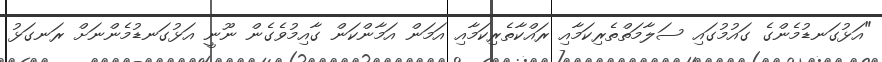
"އަޅުގަނޑުމެންގެ ގައުމުގައި ސަލާމަތްތެރިކަމާއި ރައްކާތެރިކަމާއި އަމަން އަމާންކަން ގާއިމުވެގެން ނޫނީ އަޅުގަނޑުމެންނަށް ރަނގަޅު